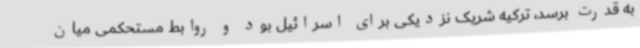
به قدرت برسد، ترکیه شریک نزدیکی برای اسرائیل بود و روابط مستحکمی میان